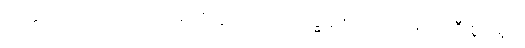
တတ္ထ၊ ထို ၆-ပါးသော အာရုံတို့တွင်။ တာဝ၊ သဒ္ဓါရုံ စသည်တို့မှ ရှေးဦးစွာ။ ရူပံ၊